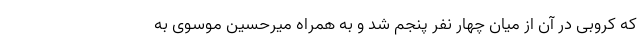
که کروبی در آن از میان چهار نفر پنجم شد و به همراه میرحسین موسوی به